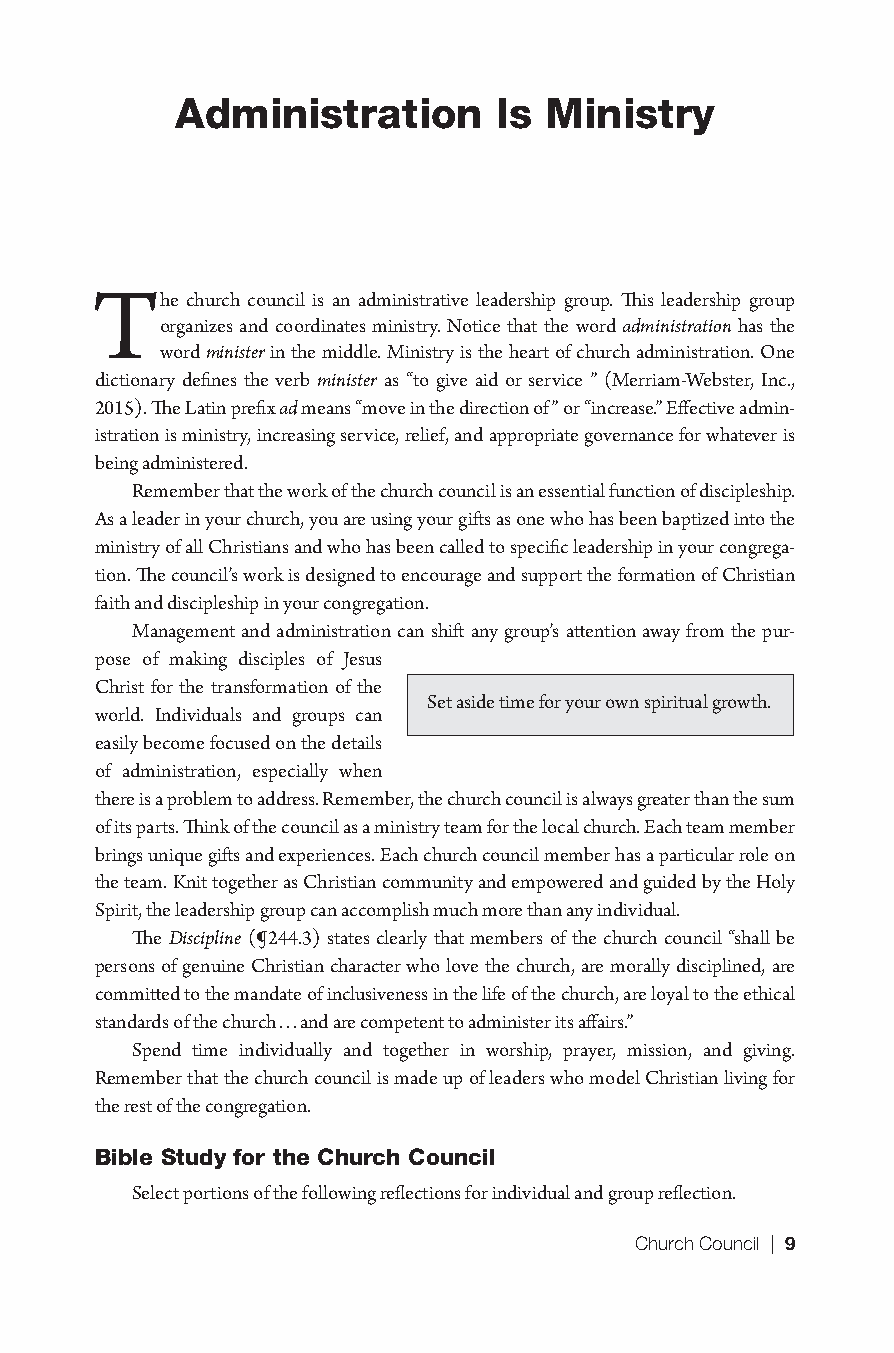
Administration       Is Ministry
 The   church council is an administrative leadership group. This leadership group
 organizes and coordinates ministry. Notice that the word administration has the
 word minister in the middle. Ministry is the heart of church administration. One
 dictionary defines the verb minister as “to give aid or service ” (Merriam-Webster, Inc.,
 2015). The Latin prefix ad means “move in the direction of” or “increase.” Effective admin-
 istration is ministry, increasing service, relief, and appropriate governance for whatever is
 being administered.
 Remember that the work of the church council is an essential function of discipleship.
 As a leader in your church, you are using your gifts as one who has been baptized into the
 ministry of all Christians and who has been called to specific leadership in your congrega-
 tion. The council’s work is designed to encourage and support the formation of Christian
 faith and discipleship in your congregation.
 Management and administration can shift any group’s attention away from the pur-
 pose of making disciples of Jesus
 Christ for the transformation of the
 Set aside time for your own spiritual growth.
 world. Individuals and groups can
 easily become focused on the details
 of administration, especially when
 there is a problem to address. Remember, the church council is always greater than the sum
 of its parts. Think of the council as a ministry team for the local church. Each team member
 brings unique gifts and experiences. Each church council member has a particular role on
 the team. Knit together as Christian community and empowered and guided by the Holy
 Spirit, the leadership group can accomplish much more than any individual.
 The Discipline (¶244.3) states clearly that members of the church council “shall be
 persons of genuine Christian character who love the church, are morally disciplined, are
 committed to the mandate of inclusiveness in the life of the church, are loyal to the ethical
 standards of the church . . . and are competent to administer its affairs.”
 Spend time individually and together in worship, prayer, mission, and giving.
 Remember that the church council is made up of leaders who model Christian living for
 the rest of the congregation.
 Bible Study for the Church Council
 Select portions of the following reflections for individual and group reflection.
 Church Council | 9
 9781501830303_INT_layout.indd 9                     8/8/16 9:37 AM